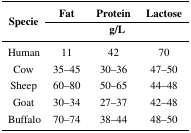
| <ROWSPAN=2> Specie | Fat | Protein | Lactose |
 | <COLSPAN=3> g/L |
 | --- | --- | --- | --- |
 | Human | 11 | 42 | 70 |
 | Cow | 35–45 | 30–36 | 47–50 |
 | Sheep | 60–80 | 50–65 | 44–48 |
 | Goat | 30–34 | 27–37 | 42–48 |
 | Buffalo | 70–74 | 38–44 | 48–50 |